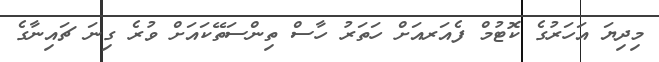
މިދިޔަ އަހަރުގެ ކޮޓުމް ފެއަރއަށް ހަތަރު ހާސް ތިންސަތޭކައަށް ވުރެ ގިނަ ޗައިނާގެ